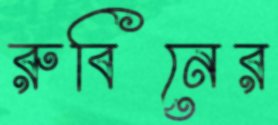
রুবিনের